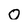
Character: O